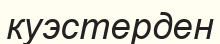
куэстерден